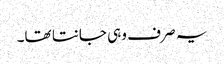
یہ صر ف وہی جانتا تھا۔